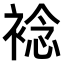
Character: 𧛋